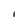
Character: I